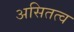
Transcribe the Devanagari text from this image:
असितत्व